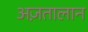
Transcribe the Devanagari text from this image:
अज़तालान